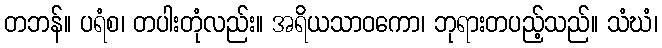
တဘန်။ ပရံစ၊ တပါးတုံလည်း။ အရိယသာဝကော၊ ဘုရားတပည့်သည်။ သံဃံ၊